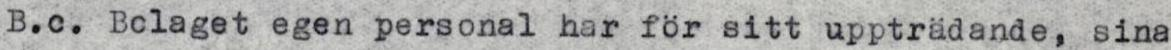
B.c. Bolaget egen personal har för sitt uppträdande, sina